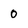
Character: 0